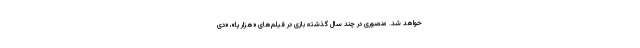
خواهد شد. منصوری در چند سال گذشته بازی در فیلم‌های «هزار پا»، «دی